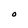
Character: O